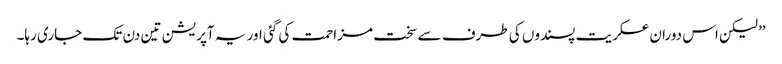
’’لیکن اس دوران عسکریت پسندوں کی طرف سے سخت مزاحمت کی گئی اور یہ آپریشن تین دن تک جاری رہا۔